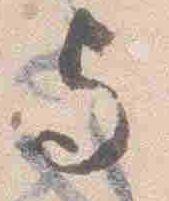
与